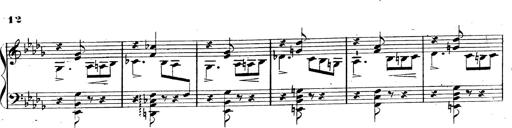
Title: 3 Caprices-Valses
Composer: Franz Liszt